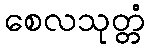
စေလသုတ္တံ